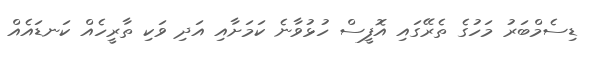
ޑިސެމްބަރު މަހުގެ ތެރޭގައި އޮފީސް ހުޅުވާނެ ކަަމަށާއި އަދި ވަކި ތާރީހެއް ކަނޑައެއްް